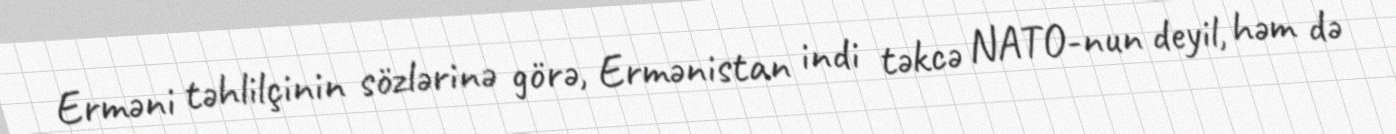
Erməni təhlilçinin sözlərinə görə, Ermənistan indi təkcə NATO-nun deyil, həm də